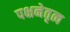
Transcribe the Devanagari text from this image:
पक्षनेतृत्व